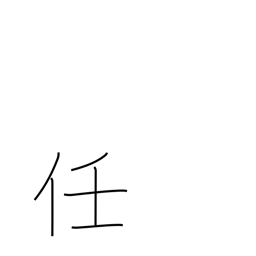
Meaning: responsibility